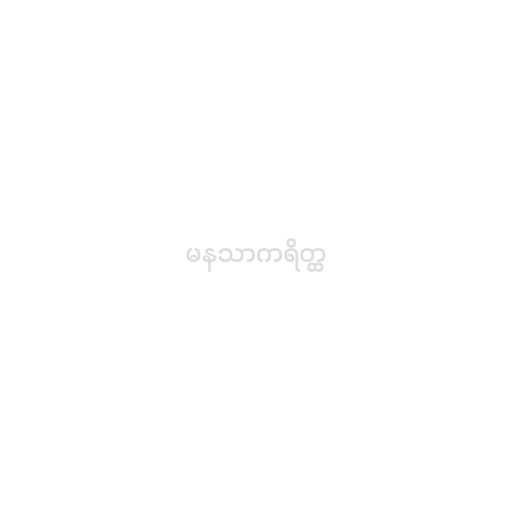
မနသာကရိတ္ထ